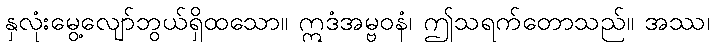
နှလုံးမွေ့လျော်ဘွယ်ရှိထသော။ ဣဒံအမ္ဗဝနံ၊ ဤသရက်တောသည်။ အဿ၊